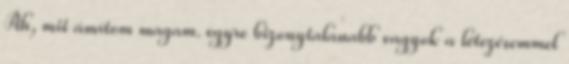
Áh, mit ámítom magam. egyre bizonytalanabb vagyok a létezésemmel